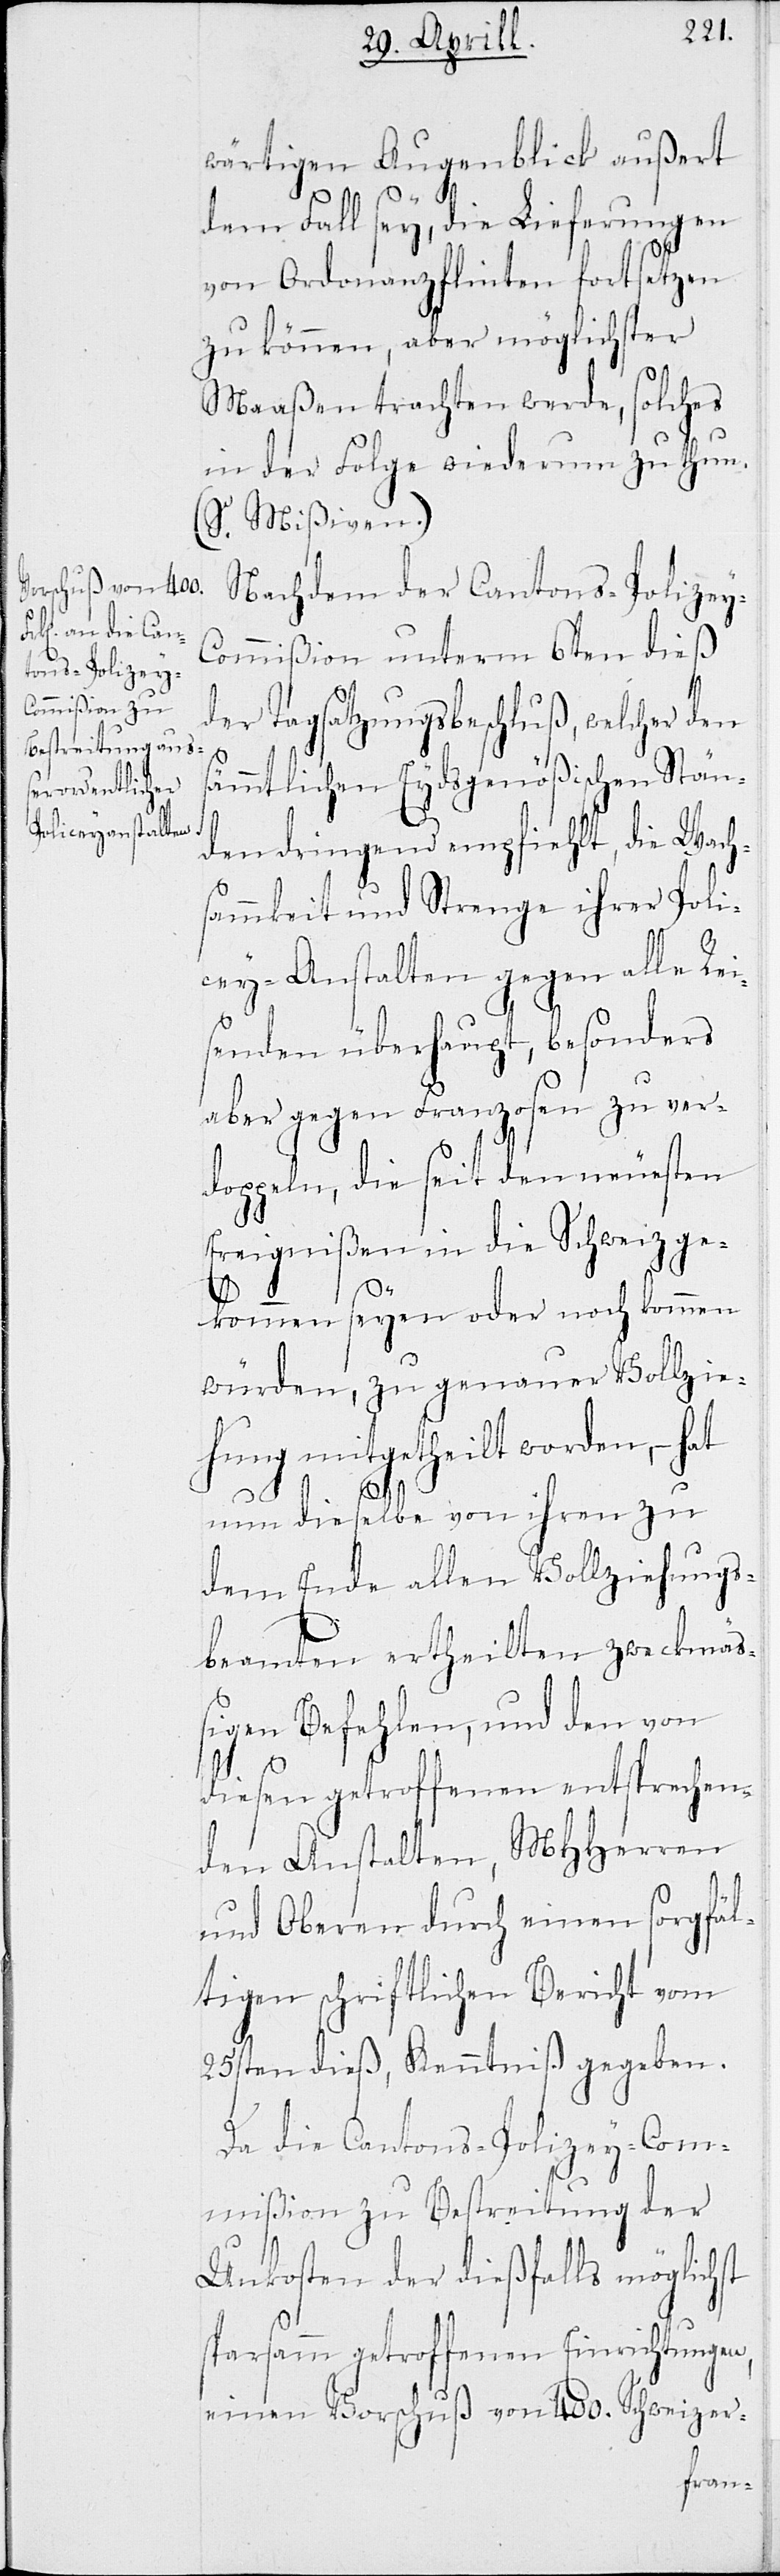
wärtigen Augenblick außert
y-C¬
dem Fall sey, die Lieferungen
von Ordonanzflinten fortsetzen
zu können, aber möglichster
Maßen trachten werde, solches
in der Folge wiederum zu thun.
(S. Mißiven.)
Nachdem der Cantons-Polize¬
ommißion unterm 6ten dieß
der Tagsatzungsbeschluß, welcher den
sämmtlichen Eydsgenößischen Stän¬
den dringend empfliehlt, die Wachs¬
ammkeit und Strenge ihrer Poli¬
cey-Anstalten gegen alle Rei¬
senden überhaupt, besonders
aber gegen Franzosen zu ver¬
doppeln, die seit den neuesten
Ereignißen in die Schweiz ge¬
kommen seyen oder noch kommen
würden, zu genauer Vollzie¬
hung mitgetheilt worden, – hat
nun dieselbe von ihren zu
dem Ende allen Vollziehungs¬
beamten ertheilten zweckmäß¬
igen Befehlen, und den von
diesen getroffenen entsprechen¬
den Anstalten, MHHerren
und Oberen durch einen sorgfäl¬
tigen schriftlichen Bericht vom
25sten dieß, Kenntniß gegeben.
Da die Cantons-Policey-Com¬
mißion zu Bestreitung der
Unkosten der dießfalls möglichst
sparsamm getroffenen Einrichtungen,
einen Vorschuß von 400. Schweizer-